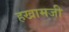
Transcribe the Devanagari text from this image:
हखामजी